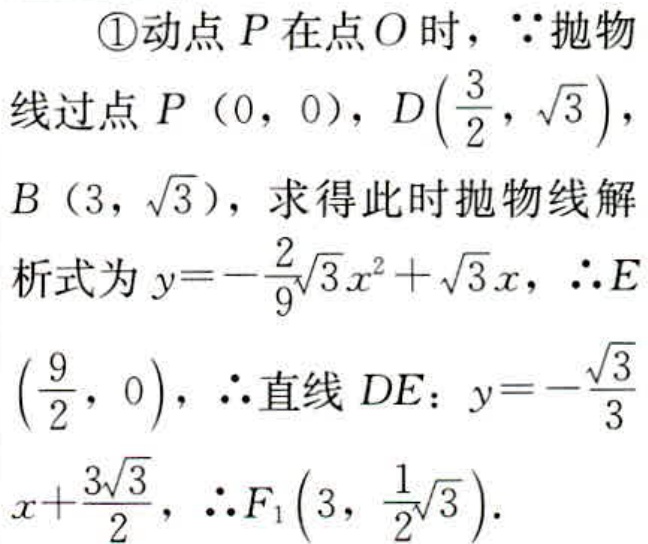
\textcircled{1}动点\(P\)在点\(O\)时，\(\because\)抛物线过点\(P(0,0)\)，\(D(\frac{3}{2},\sqrt{3})\)，\(B(3,\sqrt{3})\)，求得此时抛物线解析式为\(y = -\frac{2}{9}\sqrt{3}x^{2}+\sqrt{3}x\)，\(\therefore E(\frac{9}{2},0)\)，\(\therefore\)直线\(DE\)：\(y = -\frac{\sqrt{3}}{3}x+\frac{3\sqrt{3}}{2}\)，\(\therefore F_{1}(3,\frac{1}{2}\sqrt{3})\)。